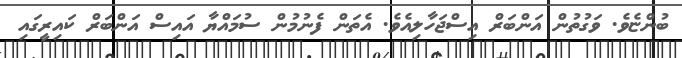
ބުންޏެވެ. ވަގުތުން އަންބަރް އިސްޖަހާލިއެވެ. އެތަން ފެނުމުން ސުމައްޔާ އައިސް އަންބަރް ކައިރީގައި